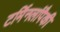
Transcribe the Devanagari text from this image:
टर्मिनलांपैकी